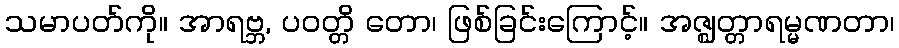
သမာပတ်ကို။ အာရဗ္ဘ, ပဝတ္တိ တော၊ ဖြစ်ခြင်းကြောင့်။ အဇ္ဈတ္တာရမ္မဏတာ၊